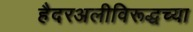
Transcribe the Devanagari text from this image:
हैदरअलीविरूद्धच्या